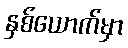
နှစ်ယောက်မှာ